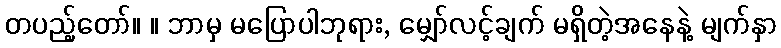
တပည့်တော်။ ။ ဘာမှ မပြောပါဘုရား, မျှော်လင့်ချက် မရှိတဲ့အနေနဲ့ မျက်နှာ